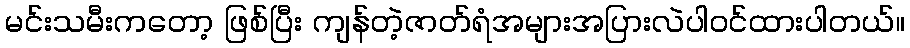
မင်းသမီးကတော့ ဖြစ်ပြီး ကျန်တဲ့ဇာတ်ရံအများအပြားလဲပါဝင်ထားပါတယ်။